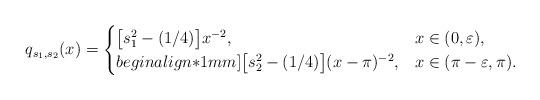
LaTeX: \begin{align*}&q_{s_1,s_2}(x) = \begin{cases} \big[s_1^2 - (1/4)\big] x^{-2}, &x \in (0, \varepsilon), \\begin{align*}1mm] \big[s_2^2 - (1/4)\big] (x - \pi)^{-2}, & x \in (\pi - \varepsilon, \pi). \end{cases} \end{align*}